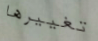
تغييرها